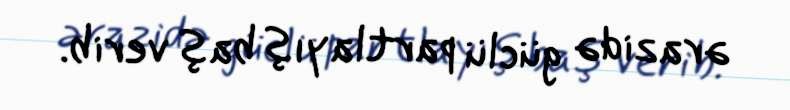
ərazidə güclü partlayış baş verib.